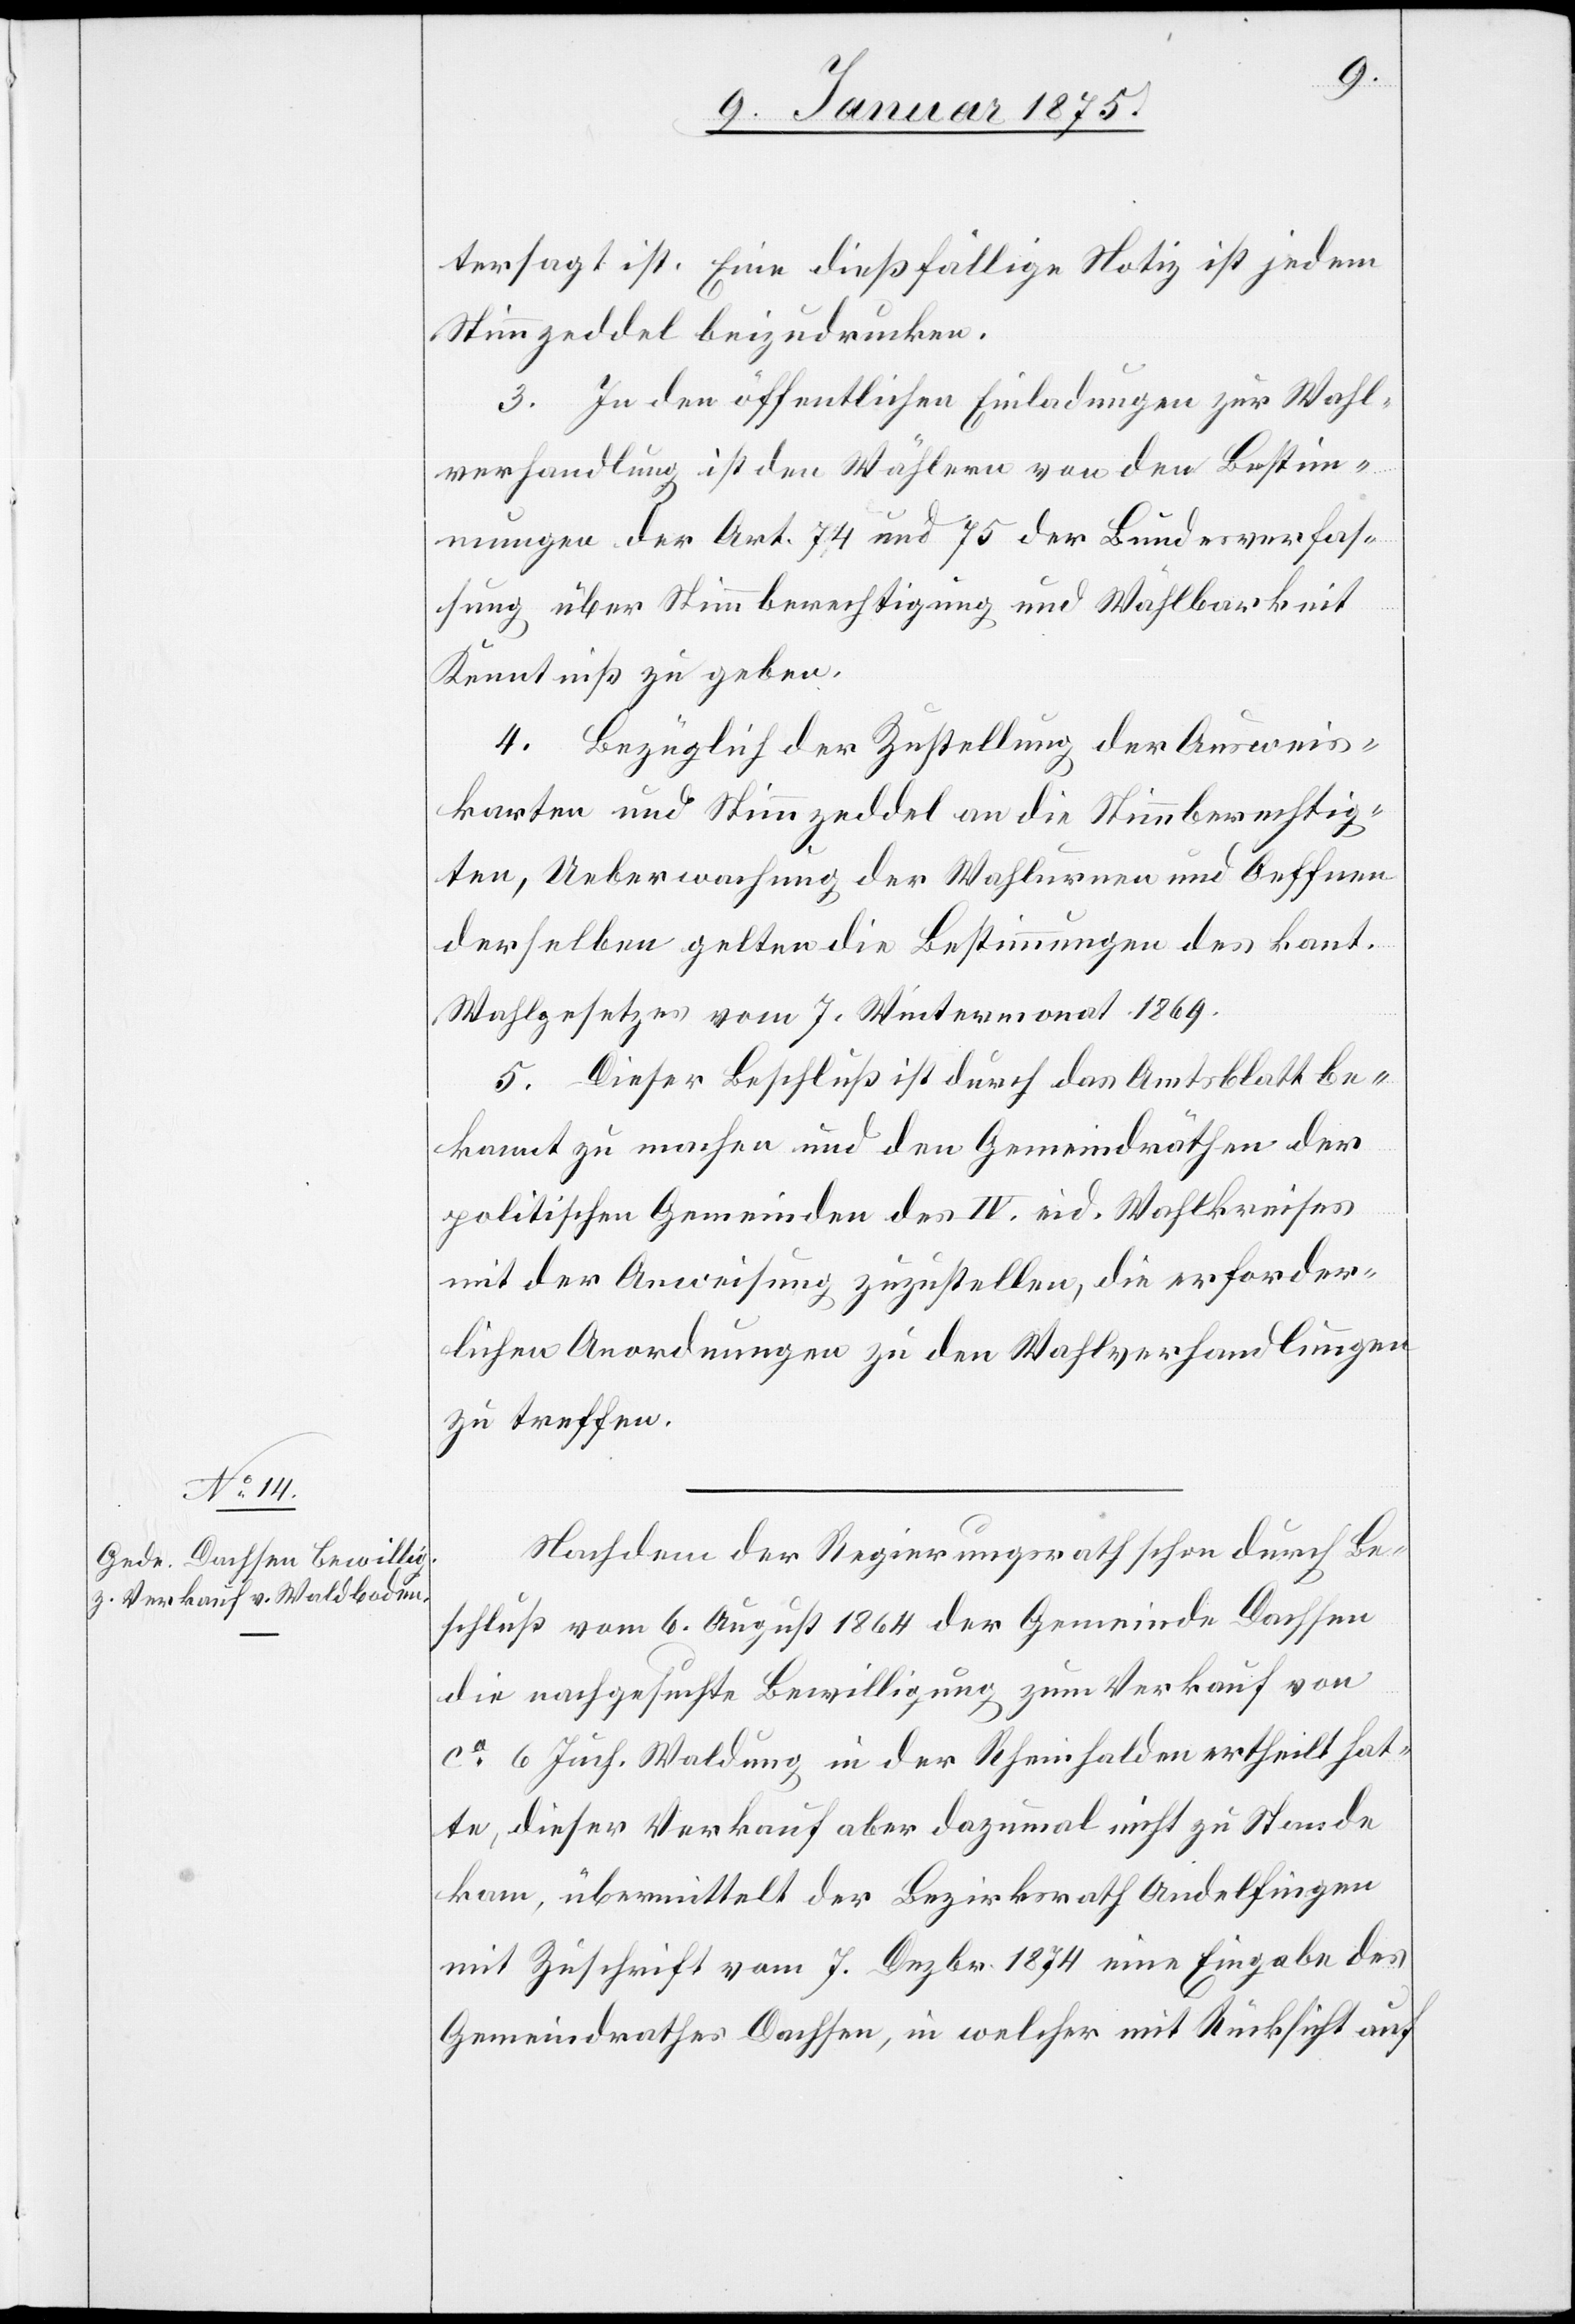
tersagt ist. Eine dießfällige Notiz ist jedem
Stimmzeddel beizudrucken.
3. In den öffentlichen Einladungen zur Wahl¬
verhandlung ist den Wählern von den Bestim¬
mungen der Art. 74 und 75 der Bundesverfaß¬
ung über Stimmberechtigung und Wählbarkeit
Kenntniß zu geben.
4. Bezüglich der Zustellung der Ausweis¬
karten und Stimmzeddel an die Stimmberechtig¬
ten, Ueberwachung der Wahlurne und Oeffnen
derselben gelten die Bestimmungen des kant.
Wahlgesetzes vom 7. Wintermonat 1869.
5. Dieser Beschluß ist durch das Amtsblatt be¬
kannt zu machen und den Gemeindräthen der
politischen Gemeinden des IV. eid. Wahlkreises
mit der Anweisung zuzustellen, die erforder¬
lichen Anordnungen zu den Wahlverhandlungen
zu treffen.
Nachdem der Regierungsrath schon durch Be¬
schluß vom 6. August 1864 der Gemeinde Dachsen
die nachgesuchte Bewilligung zum Verkauf von
ca 6 Juch. Waldung in der Rheinhalden ertheilt hat¬
te, dieser Verkauf aber dazumal nicht zu Stande
kam, übermittelt der Bezirksrath Andelfingen
mit Zuschrift vom 6. Dezbr. 1874 eine Eingabe des
Gemeindrathes Dachsen, in welcher mit Rücksicht auf